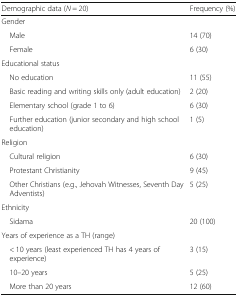
<table><thead><tr><td><b>Demographic data (<i>N</i> = 20)</b></td><td><b>Frequency (%)</b></td></tr></thead><tbody><tr><td colspan="2">Gender</td></tr><tr><td> Male</td><td>14 (70)</td></tr><tr><td> Female</td><td>6 (30)</td></tr><tr><td colspan="2">Educational status</td></tr><tr><td> No education</td><td>11 (55)</td></tr><tr><td> Basic reading and writing skills only (adult education)</td><td>2 (20)</td></tr><tr><td> Elementary school (grade 1 to 6)</td><td>6 (30)</td></tr><tr><td> Further education (junior secondary and high school education)</td><td>1 (5)</td></tr><tr><td colspan="2">Religion</td></tr><tr><td> Cultural religion</td><td>6 (30)</td></tr><tr><td> Protestant Christianity</td><td>9 (45)</td></tr><tr><td> Other Christians (e.g., Jehovah Witnesses, Seventh Day Adventists)</td><td>5 (25)</td></tr><tr><td colspan="2">Ethnicity</td></tr><tr><td> Sidama</td><td>20 (100)</td></tr><tr><td colspan="2">Years of experience as a TH (range)</td></tr><tr><td> &lt; 10 years (least experienced TH has 4 years of experience)</td><td>3 (15)</td></tr><tr><td> 10–20 years</td><td>5 (25)</td></tr><tr><td> More than 20 years</td><td>12 (60)</td></tr></tbody></table>